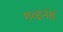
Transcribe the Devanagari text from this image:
गव्हर्नर्स